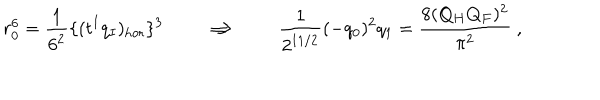
r _ { 0 } ^ { 6 } = { \frac { 1 } { 6 ^ { 2 } } } \{ ( t ^ { I } q _ { I } ) _ { \mathrm { h o r } } \} ^ { 3 } \qquad \Longrightarrow \qquad { \frac { 1 } { 2 ^ { 1 1 / 2 } } } ( - q _ { 0 } ) ^ { 2 } q _ { 1 } = { \frac { 8 ( Q _ { H } Q _ { F } ) ^ { 2 } } { \pi ^ { 2 } } } \ ,